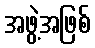
အဖွဲ့အဖြစ်